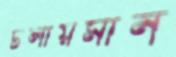
টলায়মান